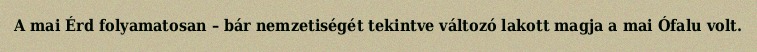
A mai Érd folyamatosan – bár nemzetiségét tekintve változó lakott magja a mai Ófalu volt.